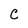
Character: C